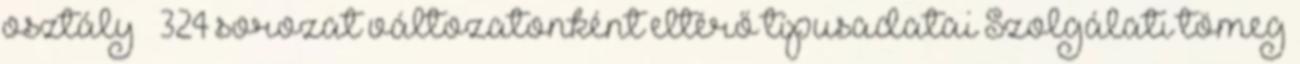
osztály 324 sorozat változatonként eltérő típusadatai Szolgálati tömeg